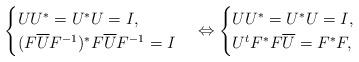
LaTeX: \begin{align*}\begin{cases}UU^* = U^*U = I,\\ (F\overline{U}F^{-1})^*F\overline{U}F^{-1} = I\end{cases} \Leftrightarrow \begin{cases}UU^* = U^*U = I,\\ U^tF^*F\overline{U} = F^*F,\end{cases}\end{align*}